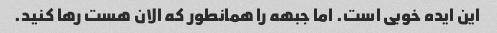
این ایده خوبی است. اما جبهه را همانطور که الان هست رها کنید.